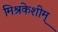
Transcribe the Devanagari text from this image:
मिश्रकेशीम्